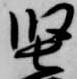
堅